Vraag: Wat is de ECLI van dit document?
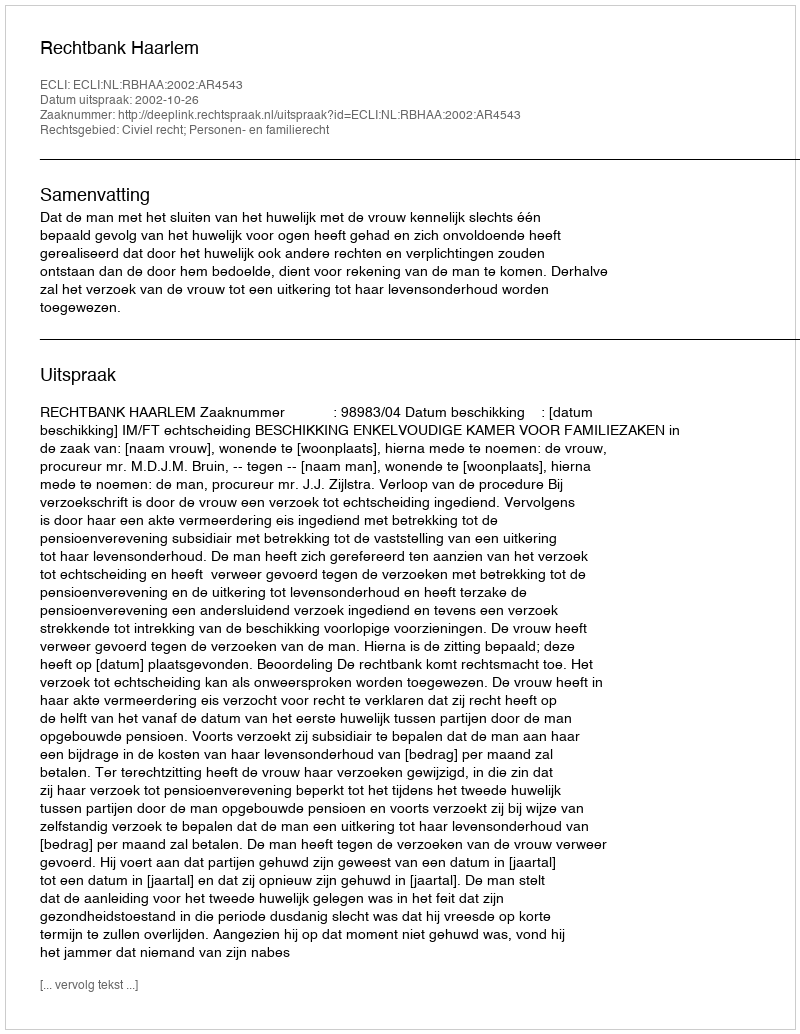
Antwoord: ECLI:NL:RBHAA:2002:AR4543